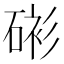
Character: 𥓸